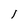
Character: l